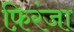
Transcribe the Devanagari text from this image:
फ़िरंजा